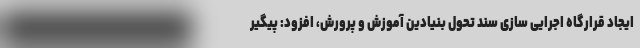
ایجاد قرارگاه اجرایی سازی سند تحول بنیادین آموزش و پرورش، افزود: پیگیر